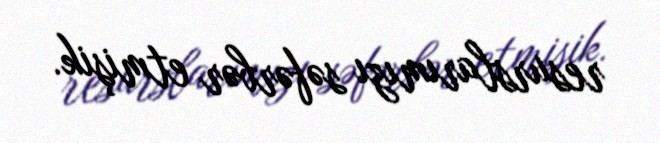
resurslarımızı səfərbər etmişik.